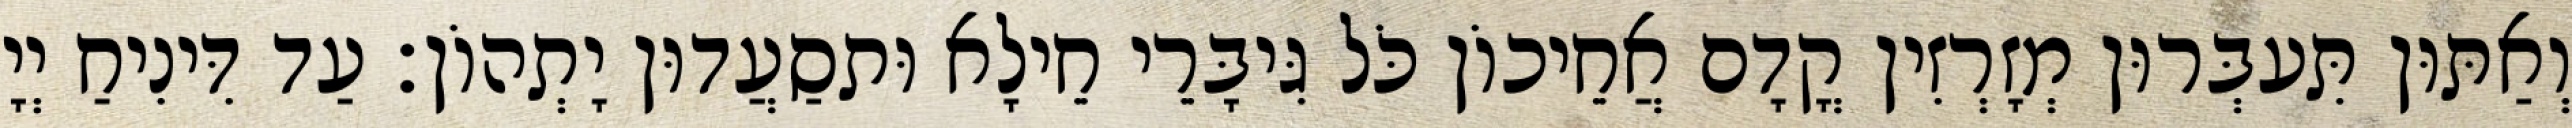
וְאַתּוּן תִּעבְּרוּן מְזָרְזִין קֳדָם אֲחֵיכוֹן כֹּל גִּיבָּרֵי חֵילָא וּתסַעֲדוּן יָתְהוֹן׃ עַד דִּינִיחַ יְיָ